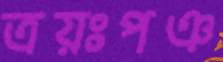
ত্রয়ঃপঞ